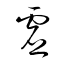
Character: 虗